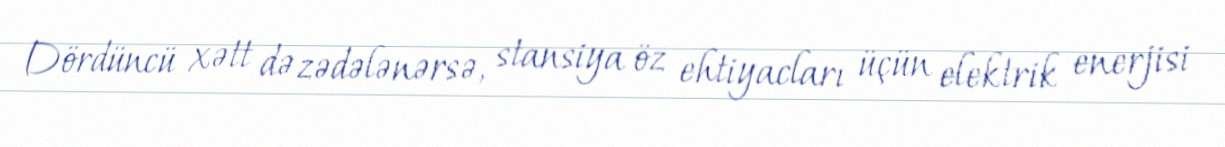
Dördüncü xətt də zədələnərsə, stansiya öz ehtiyacları üçün elektrik enerjisi